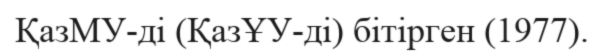
ҚазМУ-ді (ҚазҰУ-ді) бітірген (1977).